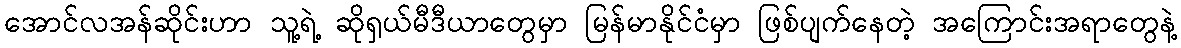
အောင်လအန်ဆိုင်းဟာ သူ့ရဲ့ ဆိုရှယ်မီဒီယာတွေမှာ မြန်မာနိုင်ငံမှာ ဖြစ်ပျက်နေတဲ့ အကြောင်းအရာတွေနဲ့